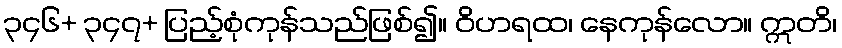
၃၄၆+ ၃၄၇+ ပြည့်စုံကုန်သည်ဖြစ်၍။ ဝိဟရထ၊ နေကုန်လော။ ဣတိ၊